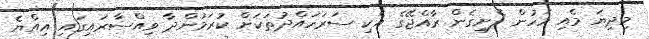
މިދިޔަ މެއި މަހުން ފެށިގެން ރާއްޖޭގެ އެކި ސަރަހައްދުތަކަށް ކުރަމުންދާ ވިއްސާރައިގައި އިއްޔެ